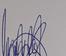
Signature authenticity: genuine